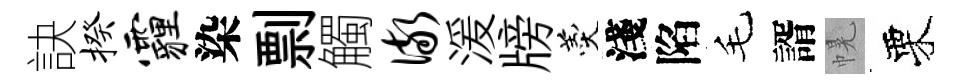
訣揆霾染剽觸儆湲牓羹淺陷毛諝幌栗